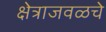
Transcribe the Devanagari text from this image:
क्षेत्राजवळचे